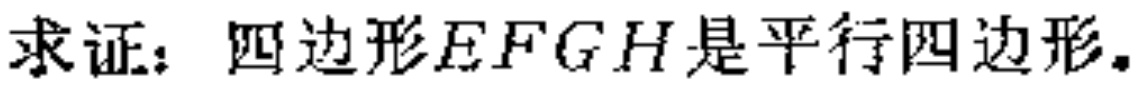
求证：四边形\(EFGH\)是平行四边形。